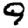
Digit: 9